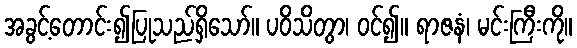
အခွင့်တောင်း၍ပြုသည်ရှိသော်။ ပဝိသိတွာ၊ ဝင်၍။ ရာဇနံ၊ မင်းကြီးကို။